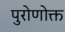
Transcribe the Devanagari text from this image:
पुरोणोक्त